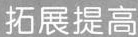
拓展提高